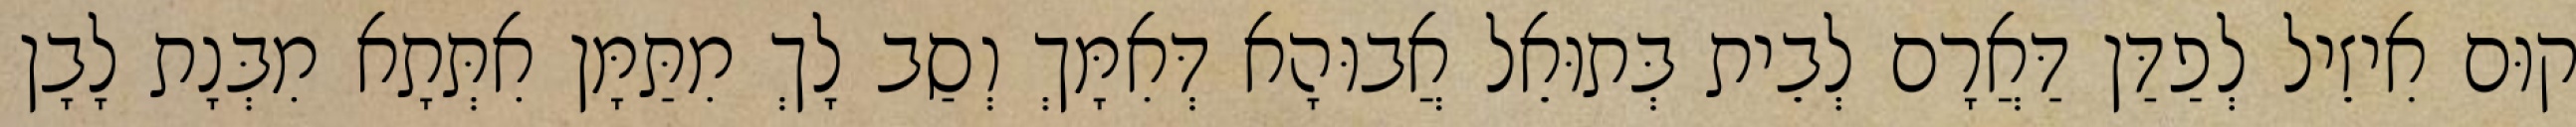
קוּם אִיזֵיל לְפַדַּן דַּאֲרָם לְבֵית בְּתוּאֵל אֲבוּהָא דְּאִמָּךְ וְסַב לָךְ מִתַּמָּן אִתְּתָא מִבְּנָת לָבָן